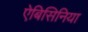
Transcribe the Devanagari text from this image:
ऐबिसिनिया